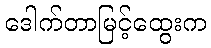
ဒေါက်တာမြင့်ထွေးက